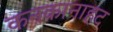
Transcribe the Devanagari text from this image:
कनकानाहट